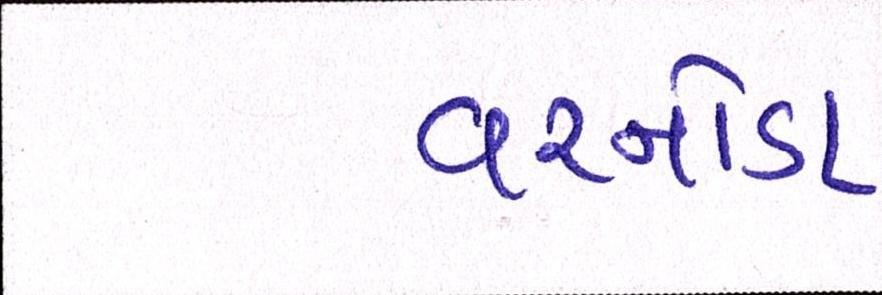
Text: વરનોડા